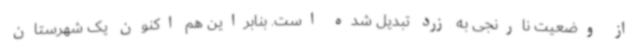
از وضعیت نارنجی به زرد تبدیل شده است. بنابراین هم اکنون یک شهرستان